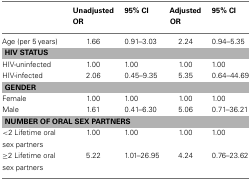
|  | Unadjusted OR | 95% CI | Adjusted OR | 95% CI |
 | --- | --- | --- | --- | --- |
 | Age (per 5 years) | 1.66 | 0.91–3.03 | 2.24 | 0.94–5.35 |
 | <COLSPAN=5> HIV STATUS |
 | HIV-uninfected | 1.00 | 1.00 | 1.00 | 1.00 |
 | HIV-infected | 2.06 | 0.45–9.35 | 5.35 | 0.64–44.69 |
 | <COLSPAN=5> GENDER |
 | Female | 1.00 | 1.00 | 1.00 | 1.00 |
 | Male | 1.61 | 0.41–6.30 | 5.06 | 0.71–36.21 |
 | <COLSPAN=5> NUMBER OF ORAL SEX PARTNERS |
 | <2 Lifetime oral sex partners | 1.00 | 1.00 | 1.00 | 1.00 |
 | ≥2 Lifetime oral sex partners | 5.22 | 1.01–26.95 | 4.24 | 0.76–23.62 |